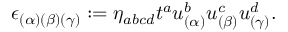
\epsilon _ { ( \alpha ) ( \beta ) ( \gamma ) } : = \eta _ { a b c d } t ^ { a } u _ { ( \alpha ) } ^ { b } u _ { ( \beta ) } ^ { c } u _ { ( \gamma ) } ^ { d } .